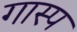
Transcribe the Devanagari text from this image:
गास्प